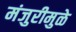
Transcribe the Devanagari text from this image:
मंजुरीमुळे